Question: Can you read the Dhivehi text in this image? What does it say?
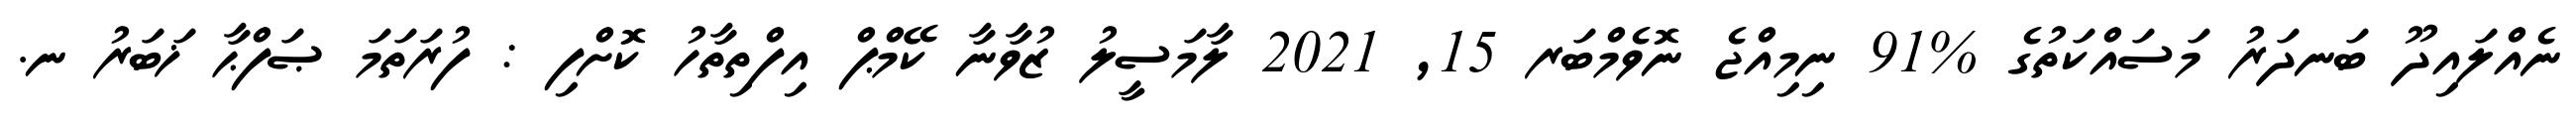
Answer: ނެއްލައިދޫ ބަނދަރު މަސައްކަތުގެ %91 ނިމިއްޖެ ނޮވެމްބަރ 15, 2021 ލާމަސީލު ޒުވާނާ ކޭމްޕް އިފްތިތާހު ކޮށްފި : ފުރަތަމަ ޞަފްޙާ ޚަބަރު ނ.